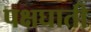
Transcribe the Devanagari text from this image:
पक्षघाती